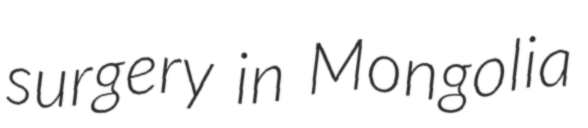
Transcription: surgery in Mongolia